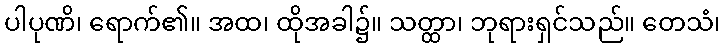
ပါပုဏိ၊ ရောက်၏။ အထ၊ ထိုအခါ၌။ သတ္ထာ၊ ဘုရားရှင်သည်။ တေသံ၊